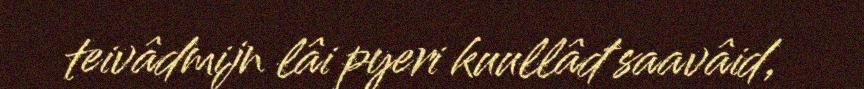
teivâdmijn lâi pyeri kuullâđ saavâid,